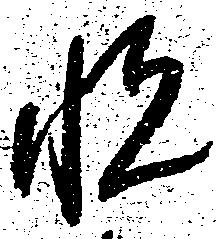
悦